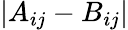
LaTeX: \lvert A_{ij}-B_{ij}\rvert